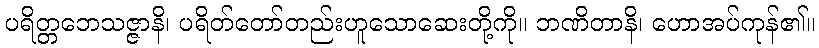
ပရိတ္တဘေသဇ္ဇာနိ၊ ပရိတ်တော်တည်းဟူသောဆေးတို့ကို။ ဘဏိတာနိ၊ ဟောအပ်ကုန်၏။